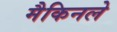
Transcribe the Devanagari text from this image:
मैकिनले